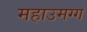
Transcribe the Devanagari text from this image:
महाउमग्ग